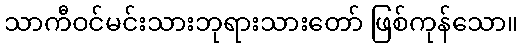
သာကီဝင်မင်းသားဘုရားသားတော် ဖြစ်ကုန်သော။